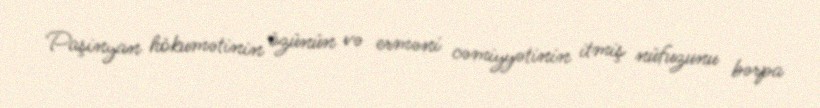
Paşinyan hökumətinin özünün və erməni cəmiyyətinin itmiş nüfuzunu bərpa